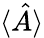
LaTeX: \langle\hat{A}\rangle